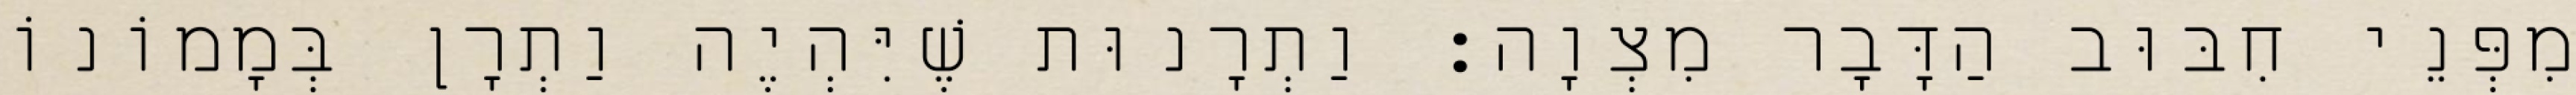
מִפְּנֵי חִבּוּב הַדָּבָר מִצְוָה: וַתְרָנוּת שֶׁיִּהְיֶה וַתְרָן בְּמָמוֹנוֹ